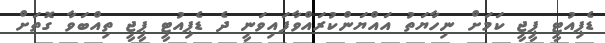
ޑެޕިއުޓީ ޕީޖީ ކަމަށް ނިހާޔަތު އައްޔަންކުރައްވާފައިވަނީ ދެ ޑެޕިއުޓީ ޕީޖީ ތިއްބަވާ ގޮތަށް